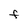
Character: F